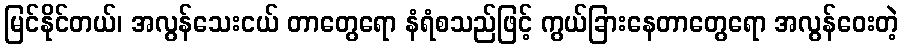
မြင်နိုင်တယ်၊ အလွန်သေးငယ် တာတွေရော နံရံစသည်ဖြင့် ကွယ်ခြားနေတာတွေရော အလွန်ဝေးတဲ့